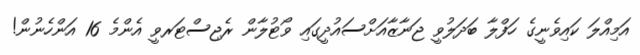
އަމިއްލަ ކައިވެނީގެ ހަފްލާ ބަދަލުވީ ޖަނާޒާއަށްސައުދީގައި ވޯޓުލާން ރެޖިސްޓަރވީ އެންމެ 16 އަންހެނުން!